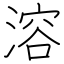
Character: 溶